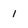
Character: 1